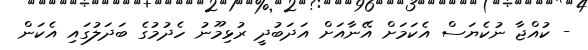
- ކުއްޖާ ނުކެޔަސް އެކަމަށް އޭނާއަށް އަދަބުދީ ރުޅިމޫނު ހެދުމުގެ ބަދަލުގައި އެކަން